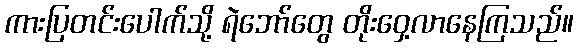
ကားပြတင်းပေါက်သို့ ရဲဘော်တွေ တိုးဝှေ့လာနေကြသည်။